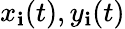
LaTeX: x_{\mathbf{i}}(t),y_{\mathbf{i}}(t)